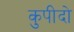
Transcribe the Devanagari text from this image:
कुपीदो